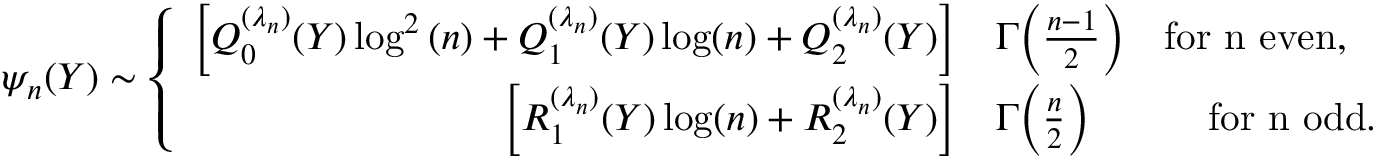
\psi _ { n } ( Y ) \sim \left\{ \begin{array} { r l } { \bigg [ Q _ { 0 } ^ { ( \lambda _ { n } ) } ( Y ) \log ^ { 2 } { ( n ) } + Q _ { 1 } ^ { ( \lambda _ { n } ) } ( Y ) \log ( n ) + Q _ { 2 } ^ { ( \lambda _ { n } ) } ( Y ) \bigg ] } & { \Gamma \Big ( \frac { n - 1 } { 2 } \Big ) \quad \mathrm { f o r ~ n ~ e v e n , } } \\ { \bigg [ R _ { 1 } ^ { ( \lambda _ { n } ) } ( Y ) \log ( n ) + R _ { 2 } ^ { ( \lambda _ { n } ) } ( Y ) \bigg ] } & { \Gamma \Big ( \frac { n } { 2 } \Big ) \quad \qquad \mathrm { f o r ~ n ~ o d d . } } \end{array} \right.